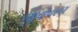
જીવાવરણ